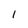
Character: 1